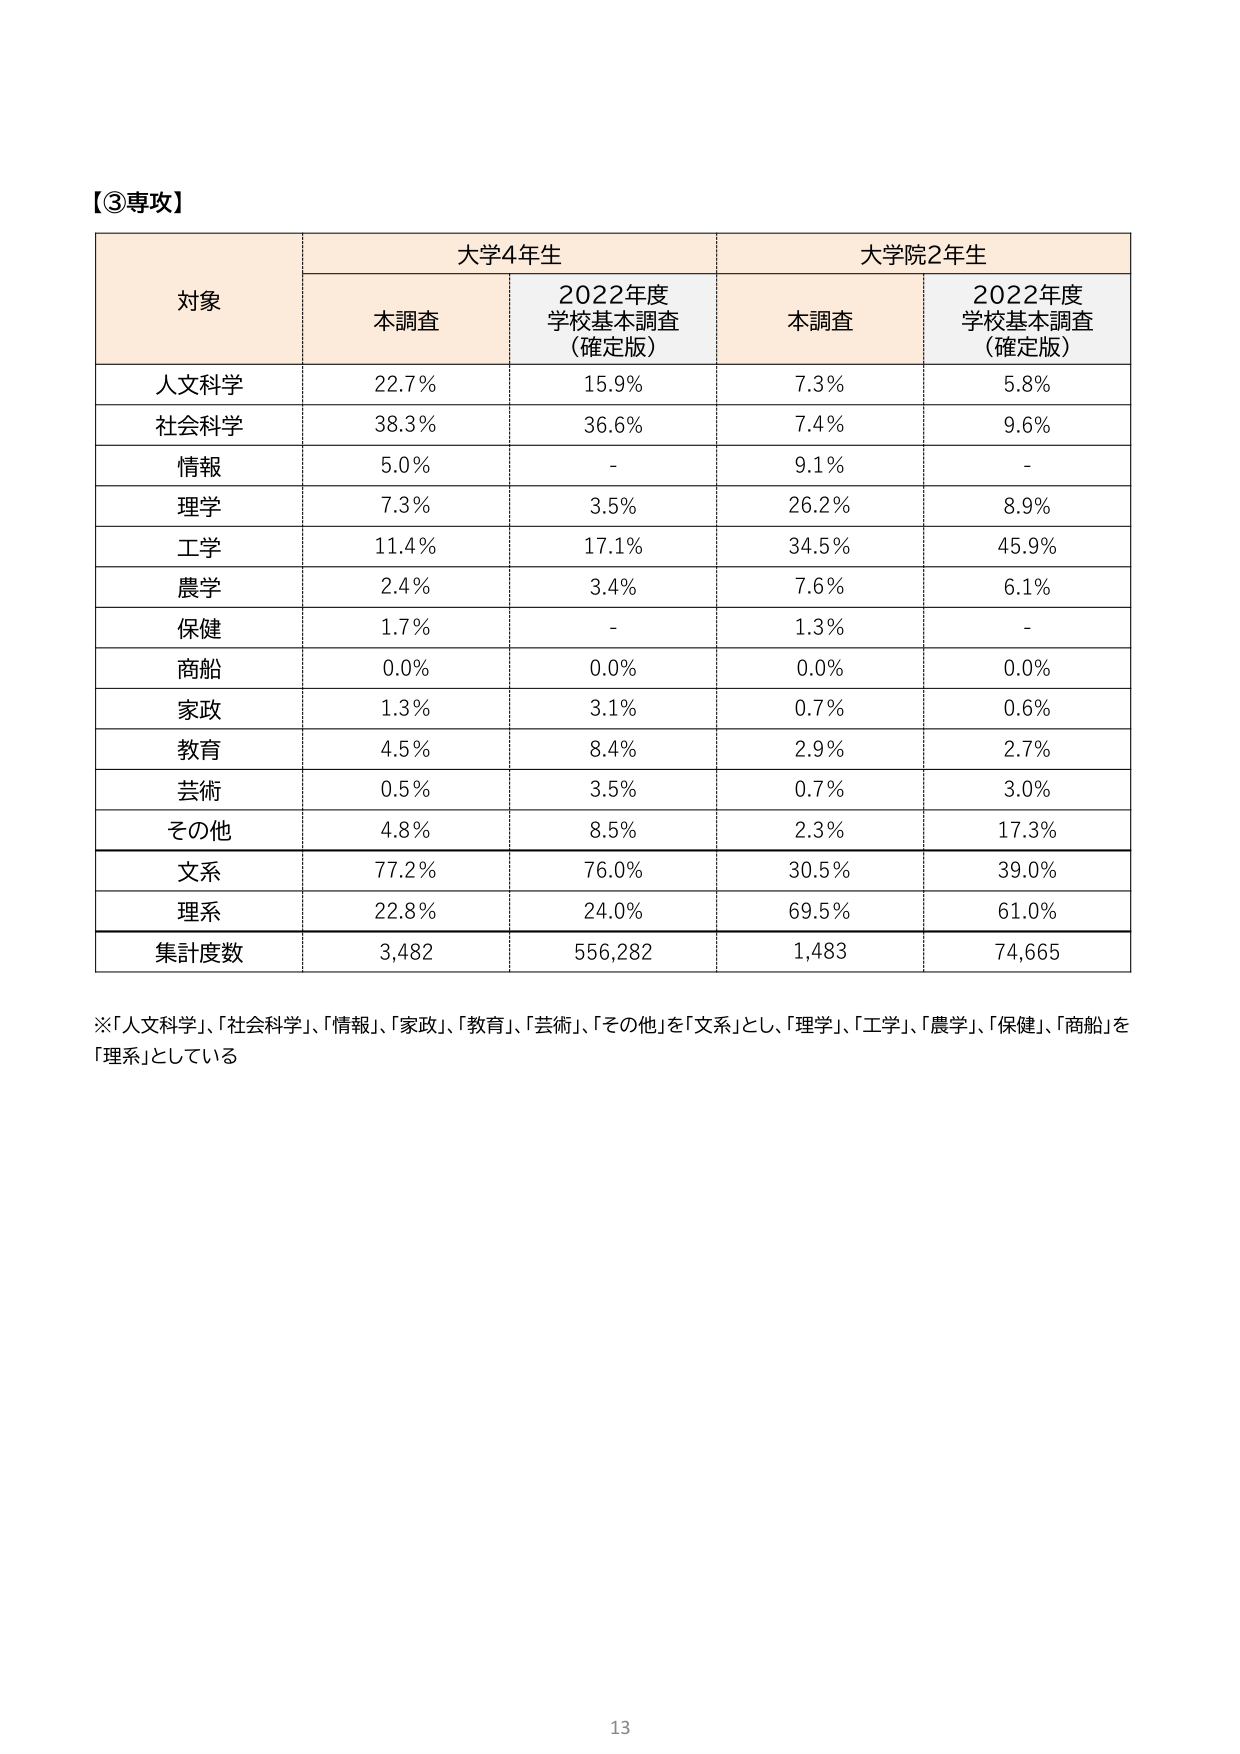
【③専攻】

対象	大学4年生	大学院2年生
	本調査	2022年度学校基本調査（確定版）	本調査	2022年度学校基本調査（確定版）
人文科学	22.7%	15.9%	7.3%	5.8%
社会科学	38.3%	36.6%	7.4%	9.6%
情報	5.0%	-	9.1%	-
理学	7.3%	3.5%	26.2%	8.9%
工学	11.4%	17.1%	34.5%	45.9%
農学	2.4%	3.4%	7.6%	6.1%
保健	1.7%	-	1.3%	-
商船	0.0%	0.0%	0.0%	0.0%
家政	1.3%	3.1%	0.7%	0.6%
教育	4.5%	8.4%	2.9%	2.7%
芸術	0.5%	3.5%	0.7%	3.0%
その他	4.8%	8.5%	2.3%	17.3%
文系	77.2%	76.0%	30.5%	39.0%
理系	22.8%	24.0%	69.5%	61.0%
集計度数	3,482	556,282	1,483	74,665

※「人文科学」、「社会科学」、「情報」、「家政」、「教育」、「芸術」、「その他」を「文系」とし、「理学」、「工学」、「農学」、「保健」、「商船」を「理系」としている

13